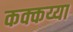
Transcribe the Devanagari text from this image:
कक्कय्या